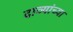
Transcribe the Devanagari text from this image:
दाव्यांच्या